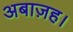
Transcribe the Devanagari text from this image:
अबाज़ह।